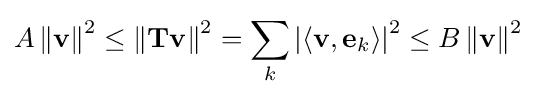
A\left\|\mathbf {v} \right\|^{2}\leq \left\|\mathbf {T} \mathbf {v} \right\|^{2}=\sum _{k}\left|\langle \mathbf {v} ,\mathbf {e} _{k}\rangle \right|^{2}\leq B\left\|\mathbf {v} \right\|^{2}